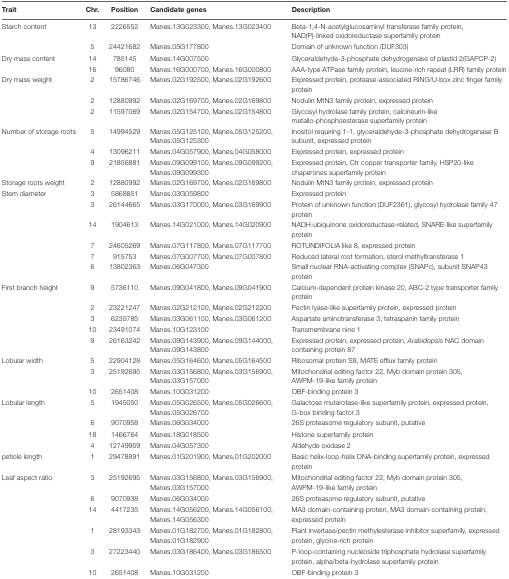
<table><thead><tr><td><b>Trait</b></td><td><b>Chr.</b></td><td><b>Position</b></td><td><b>Candidate genes</b></td><td><b>Description</b></td></tr></thead><tbody><tr><td>Starch content</td><td>13</td><td>2226552</td><td>Manes.13G023300, Manes.13G023400</td><td>Beta-1,4-N-acetylglucosaminyl transferase family protein, NAD(P)-linked oxidoreductase superfamily protein</td></tr><tr><td></td><td>5</td><td>24421682</td><td>Manes.05G177800</td><td>Domain of unknown function (DUF303)</td></tr><tr><td>Dry mass content</td><td>14</td><td>785145</td><td>Manes.14G007500</td><td>Glyceraldehyde-3-phosphate dehydrogenase of plastid 2(GAPCP-2)</td></tr><tr><td></td><td>16</td><td>96080</td><td>Manes.16G000700, Manes.16G000800</td><td>AAA-type ATPase family protein, leucine-rich repeat (LRR) family protein</td></tr><tr><td>Dry mass weight</td><td>2</td><td>15786746</td><td>Manes.02G192500, Manes.02G192600</td><td>Expressed protein, protease-associated RING/U-box zinc finger family protein</td></tr><tr><td></td><td>2</td><td>12880992</td><td>Manes.02G169700, Manes.02G169800</td><td>Nodulin MtN3 family protein, expressed protein</td></tr><tr><td></td><td>2</td><td>11597069</td><td>Manes.02G154700, Manes.02G154800</td><td>Glycosyl hydrolase family protein, calcineurin-like metallo-phosphoesterase superfamily protein</td></tr><tr><td>Number of storage roots</td><td>5</td><td>14994529</td><td>Manes.05G125100, Manes.05G125200, Manes.05G125300</td><td>Inositol requiring 1-1, glyceraldehyde-3-phosphate dehydrogenase B subunit, expressed protein</td></tr><tr><td></td><td>4</td><td>13096211</td><td>Manes.04G057900, Manes.04G058000</td><td>Expressed protein, expressed protein</td></tr><tr><td></td><td>9</td><td>21856881</td><td>Manes.09G099100, Manes.09G099200, Manes.09G099300</td><td>Expressed protein, Ctr copper transporter family, HSP20-like chaperones superfamily protein</td></tr><tr><td>Storage roots weight</td><td>2</td><td>12880992</td><td>Manes.02G169700, Manes.02G169800</td><td>Nodulin MtN3 family protein, expressed protein</td></tr><tr><td>Stem diameter</td><td>3</td><td>5868851</td><td>Manes.03G059800</td><td>Expressed protein</td></tr><tr><td></td><td>3</td><td>26144665</td><td>Manes.03G170000, Manes.03G169900</td><td>Protein of unknown function (DUF2361), glycosyl hydrolase family 47 protein</td></tr><tr><td></td><td>14</td><td>1904613</td><td>Manes.14G021000, Manes.14G020900</td><td>NADH-ubiquinone oxidoreductase-related, SNARE-like superfamily protein</td></tr><tr><td></td><td>7</td><td>24605269</td><td>Manes.07G117800, Manes.07G117700</td><td>ROTUNDIFOLIA like 8, expressed protein</td></tr><tr><td></td><td>7</td><td>915753</td><td>Manes.07G007700, Manes.07G007800</td><td>Reduced lateral root formation, sterol methyltransferase 1</td></tr><tr><td></td><td>6</td><td>13802363</td><td>Manes.06G047300</td><td>Small nuclear RNA-activating complex (SNAPc), subunit SNAP43 protein</td></tr><tr><td>First branch height</td><td>9</td><td>5736110</td><td>Manes.09G041800, Manes.09G041900</td><td>Calcium-dependent protein kinase 20, ABC-2 type transporter family protein</td></tr><tr><td></td><td>2</td><td>23221247</td><td>Manes.02G212100, Manes.02G212200</td><td>Pectin lyase-like superfamily protein, expressed protein</td></tr><tr><td></td><td>3</td><td>6235785</td><td>Manes.03G061100, Manes.03G061200</td><td>Aspartate aminotransferase 3, tetraspanin family protein</td></tr><tr><td></td><td>10</td><td>23491074</td><td>Manes.10G123100</td><td>Transmembrane nine 1</td></tr><tr><td></td><td>9</td><td>26163242</td><td>Manes.09G143900, Manes.09G144000, Manes.09G143800</td><td>Expressed protein, expressed protein, <i>Arabidopsis</i> NAC domain containing protein 87</td></tr><tr><td>Lobular width</td><td>5</td><td>22904128</td><td>Manes.05G164600, Manes.05G164500</td><td>Ribosomal protein S9, MATE efflux family protein</td></tr><tr><td></td><td>3</td><td>25192695</td><td>Manes.03G156800, Manes.03G156900, Manes.03G157000</td><td>Mitochondrial editing factor 22, Myb domain protein 305, AWPM-19-like family protein</td></tr><tr><td></td><td>10</td><td>2651408</td><td>Manes.10G031200</td><td>OBF-binding protein 3</td></tr><tr><td>Lobular length</td><td>5</td><td>1945050</td><td>Manes.05G026500, Manes.05G026600, Manes.05G026700</td><td>Galactose mutarotase-like superfamily protein, expressed protein, G-box binding factor 3</td></tr><tr><td></td><td>6</td><td>9070958</td><td>Manes.06G034000</td><td>26S proteasome regulatory subunit, putative</td></tr><tr><td></td><td>18</td><td>1466764</td><td>Manes.18G018500</td><td>Histone superfamily protein</td></tr><tr><td></td><td>4</td><td>12749959</td><td>Manes.04G057300</td><td>Aldehyde oxidase 2</td></tr><tr><td>petiole length</td><td>1</td><td>29478891</td><td>Manes.01G201900, Manes.01G202000</td><td>Basic helix-loop-helix DNA-binding superfamily protein, expressed protein</td></tr><tr><td>Leaf aspect ratio</td><td>3</td><td>25192695</td><td>Manes.03G156800, Manes.03G156900, Manes.03G157000</td><td>Mitochondrial editing factor 22, Myb domain protein 305, AWPM-19-like family protein</td></tr><tr><td></td><td>6</td><td>9070938</td><td>Manes.06G034000</td><td>26S proteasome regulatory subunit, putative</td></tr><tr><td></td><td>14</td><td>4417235</td><td>Manes.14G056200, Manes.14G056100, Manes.14G056300</td><td>MA3 domain-containing protein, MA3 domain-containing protein, expressed protein</td></tr><tr><td></td><td>1</td><td>28193343</td><td>Manes.01G182700, Manes.01G182800, Manes.01G182900</td><td>Plant invertase/pectin methylesterase inhibitor superfamily, expressed protein, glycine-rich protein</td></tr><tr><td></td><td>3</td><td>27223440</td><td>Manes.03G186400, Manes.03G186500</td><td>P-loop -containing nucleoside triphosphate hydrolase superfamily protein, alpha/beta-hydrolase superfamily protein</td></tr><tr><td></td><td>10</td><td>2651408</td><td>Manes.10G031200</td><td>OBF-binding protein 3</td></tr></tbody></table>